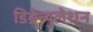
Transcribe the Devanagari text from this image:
डिग्रेन्युलेशन